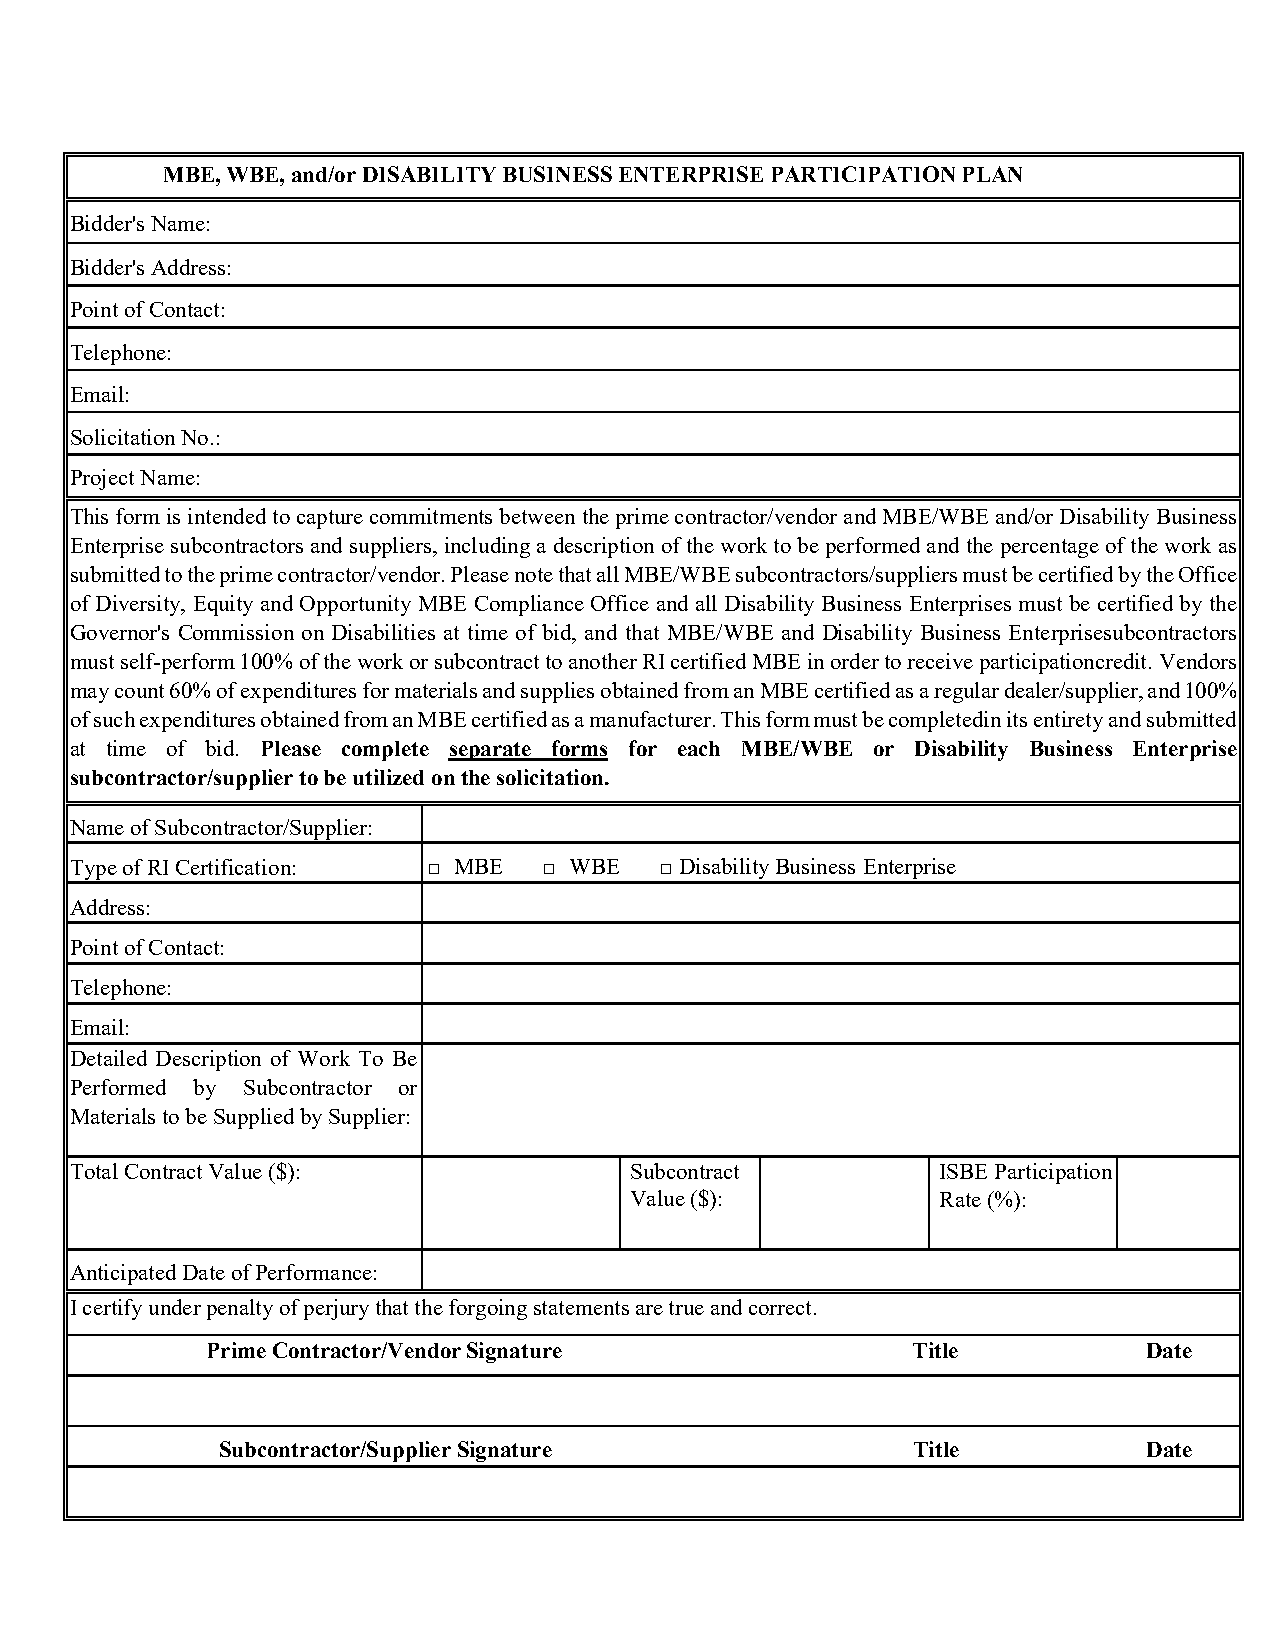
MBE, WBE, and/or DISABILITY BUSINESS ENTERPRISE PARTICIPATION PLAN
 Bidder's Name:
 Bidder's Address:
 Point of Contact:
 Telephone:
 Email:
 Solicitation No.:
 Project Name:
 This form is intended to capture commitments between the prime contractor/vendor and MBE/WBE and/or Disability Business
 Enterprise subcontractors and suppliers, including a description of the work to be performed and the percentage of the work as
 submitted to the prime contractor/vendor. Please note that all MBE/WBE subcontractors/suppliers must be certified by the Office
 of Diversity, Equity and Opportunity MBE Compliance Office and all Disability Business Enterprises must be certified by the
 Governor's Commission on Disabilities at time of bid, and that MBE/WBE and Disability Business Enterprise subcontractors
 must self-perform 100% of the work or subcontract to another RI certified MBE in order to receive participation credit. Vendors
 may count 60% of expenditures for materials and supplies obtained from an MBE certified as a regular dealer/supplier, and 100%
 of such expenditures obtained from an MBE certified as a manufacturer. This form must be completedi n its entirety and submitted
 at time of bid. Please complete separate forms for each MBE/WBE or Disability Business Enterprise
 subcontractor/supplier to be utilized on the solicitation.
 Name of Subcontractor/Supplier:
 Type of RI Certification: □ MBE □ WBE  □ Disability Business Enterprise
 Address:
 Point of Contact:
 Telephone:
 Email:
 Detailed Description of Work To Be
 Performed by Subcontractor or
 Materials to be Supplied by Supplier:
 Total Contract Value ($):            Subcontract         ISBE Participation
 Value ($):          Rate (%):
 Anticipated Date of Performance:
 I certify under penalty of perjury that the forgoing statements are true and correct.
 Prime Contractor/Vendor Signature             Title           Date
 Subcontractor/Supplier Signature              Title           Date